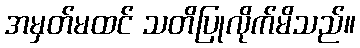
အမှတ်မထင် သတိပြုလိုက်မိသည်။